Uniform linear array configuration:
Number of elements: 48
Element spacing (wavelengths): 0.75
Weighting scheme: kaiser
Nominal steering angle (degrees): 60
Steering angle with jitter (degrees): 59.403
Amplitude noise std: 0.05
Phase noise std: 0.05

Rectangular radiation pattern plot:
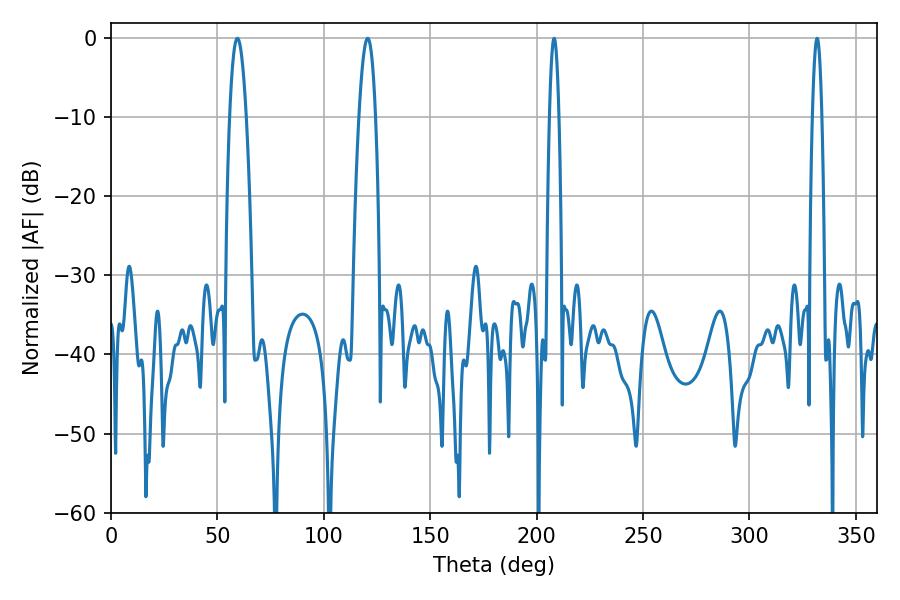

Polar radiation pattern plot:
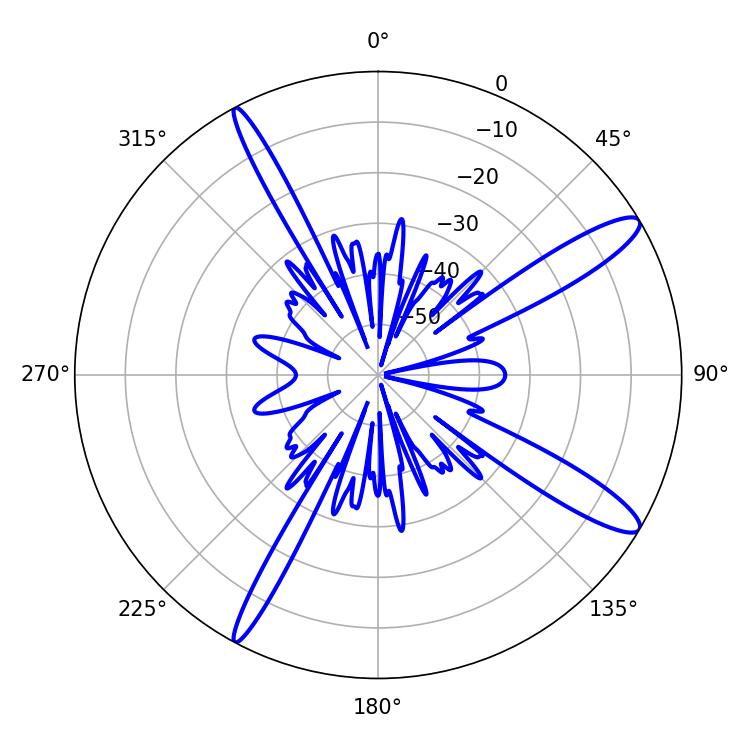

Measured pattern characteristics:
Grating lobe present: TRUE
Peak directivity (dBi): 13.193
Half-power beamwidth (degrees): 4.14
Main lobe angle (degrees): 59.4